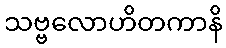
သဗ္ဗလောဟိတကာနိ